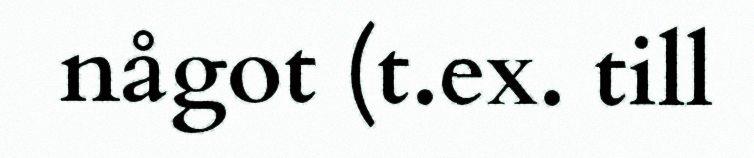
något (t.ex. till